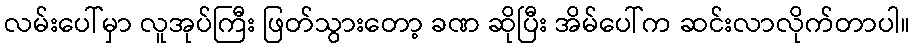
လမ်းပေါ်မှာ လူအုပ်ကြီး ဖြတ်သွားတော့ ခဏ ဆိုပြီး အိမ်ပေါ်က ဆင်းလာလိုက်တာပါ။